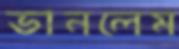
ভানলেম